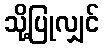
သို့ပြုလျှင်